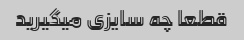
قطعا چه سایزی میگیرید